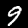
Label: 9